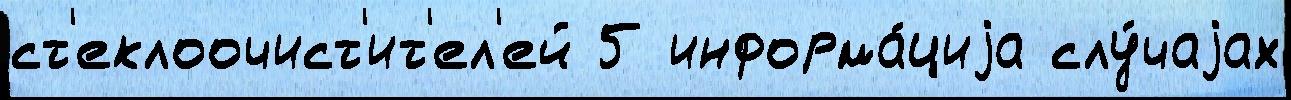
ст'еклоочист'ит'ел'ей 5 информа́циjа слу́чаjах